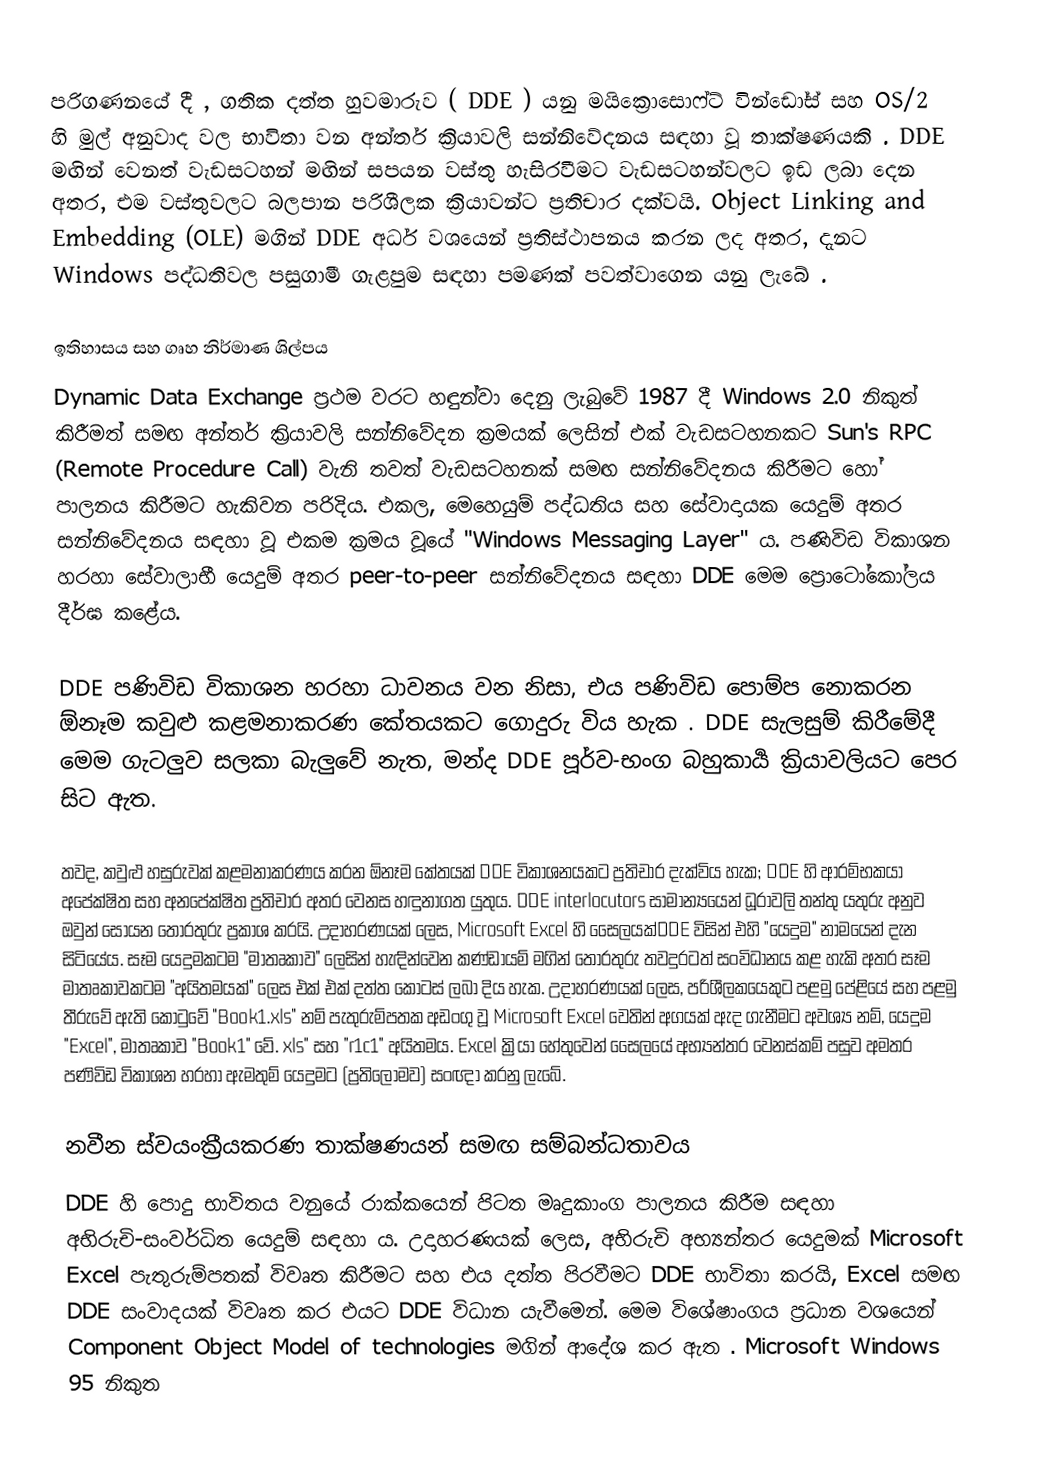
පරිගණනයේ දී , ගතික දත්ත හුවමාරුව ( DDE ) යනු මයික්‍රොසොෆ්ට් වින්ඩෝස් සහ OS/2 හි මුල් අනුවාද වල භාවිතා වන අන්තර් ක්‍රියාවලි සන්නිවේදනය සඳහා වූ තාක්ෂණයකි . DDE මඟින් වෙනත් වැඩසටහන් මඟින් සපයන වස්තු හැසිරවීමට වැඩසටහන්වලට ඉඩ ලබා දෙන අතර, එම වස්තුවලට බලපාන පරිශීලක ක්‍රියාවන්ට ප්‍රතිචාර දක්වයි. Object Linking and Embedding (OLE) මගින් DDE අර්ධ වශයෙන් ප්‍රතිස්ථාපනය කරන ලද අතර, දැනට Windows පද්ධතිවල පසුගාමී ගැළපුම සඳහා පමණක් පවත්වාගෙන යනු ලැබේ .

ඉතිහාසය සහ ගෘහ නිර්මාණ ශිල්පය
Dynamic Data Exchange ප්‍රථම වරට හඳුන්වා දෙනු ලැබුවේ 1987 දී Windows 2.0 නිකුත් කිරීමත් සමඟ අන්තර් ක්‍රියාවලි සන්නිවේදන ක්‍රමයක් ලෙසින් එක් වැඩසටහනකට Sun's RPC (Remote Procedure Call) වැනි තවත් වැඩසටහනක් සමඟ සන්නිවේදනය කිරීමට හෝ පාලනය කිරීමට හැකිවන පරිදිය.  එකල, මෙහෙයුම් පද්ධතිය සහ සේවාදායක යෙදුම් අතර සන්නිවේදනය සඳහා වූ එකම ක්‍රමය වූයේ "Windows Messaging Layer" ය. පණිවිඩ විකාශන හරහා සේවාලාභී යෙදුම් අතර peer-to-peer සන්නිවේදනය සඳහා DDE මෙම ප්‍රොටෝකෝලය දීර්ඝ කළේය.

DDE පණිවිඩ විකාශන හරහා ධාවනය වන නිසා, එය පණිවිඩ පොම්ප නොකරන ඕනෑම කවුළු කළමනාකරණ කේතයකට ගොදුරු විය හැක . DDE සැලසුම් කිරීමේදී මෙම ගැටලුව සලකා බැලුවේ නැත, මන්ද DDE පූර්ව-භංග බහුකාර්‍ය ක්‍රියාවලියට පෙර සිට ඇත.

තවද, කවුළු හසුරුවක් කළමනාකරණය කරන ඕනෑම කේතයක් DDE විකාශනයකට ප්‍රතිචාර දැක්විය හැක; DDE හි ආරම්භකයා අපේක්ෂිත සහ අනපේක්ෂිත ප්‍රතිචාර අතර වෙනස හඳුනාගත යුතුය. DDE interlocutors සාමාන්‍යයෙන් ධූරාවලි තන්තු යතුරු අනුව ඔවුන් සොයන තොරතුරු ප්‍රකාශ කරයි. උදාහරණයක් ලෙස, Microsoft Excel හි සෛලයක්DDE විසින් එහි "යෙදුම" නාමයෙන් දැන සිටියේය. සෑම යෙදුමකටම "මාතෘකාව" ලෙසින් හැඳින්වෙන කණ්ඩායම් මගින් තොරතුරු තවදුරටත් සංවිධානය කළ හැකි අතර සෑම මාතෘකාවකටම "අයිතමයක්" ලෙස එක් එක් දත්ත කොටස් ලබා දිය හැක. උදාහරණයක් ලෙස, පරිශීලකයෙකුට පළමු පේළියේ සහ පළමු තීරුවේ ඇති කොටුවේ "Book1.xls" නම් පැතුරුම්පතක අඩංගු වූ Microsoft Excel වෙතින් අගයක් ඇද ගැනීමට අවශ්‍ය නම්, යෙදුම "Excel", මාතෘකාව "Book1" වේ. xls" සහ "r1c1" අයිතමය. Excel ක්‍රියා හේතුවෙන් සෛලයේ අභ්‍යන්තර වෙනස්කම් පසුව අමතර පණිවිඩ විකාශන හරහා ඇමතුම් යෙදුමට (ප්‍රතිලෝමව) සංඥා කරනු ලැබේ.

නවීන ස්වයංක්‍රීයකරණ තාක්ෂණයන් සමඟ සම්බන්ධතාවය
DDE හි පොදු භාවිතය වනුයේ රාක්කයෙන් පිටත මෘදුකාංග පාලනය කිරීම සඳහා අභිරුචි-සංවර්ධිත යෙදුම් සඳහා ය. උදාහරණයක් ලෙස, අභිරුචි අභ්‍යන්තර යෙදුමක් Microsoft Excel පැතුරුම්පතක් විවෘත කිරීමට සහ එය දත්ත පිරවීමට DDE භාවිතා කරයි, Excel සමඟ DDE සංවාදයක් විවෘත කර එයට DDE විධාන යැවීමෙන්. මෙම විශේෂාංගය ප්‍රධාන වශයෙන් Component Object Model of technologies මගින් ආදේශ කර ඇත . Microsoft Windows 95 නිකුත